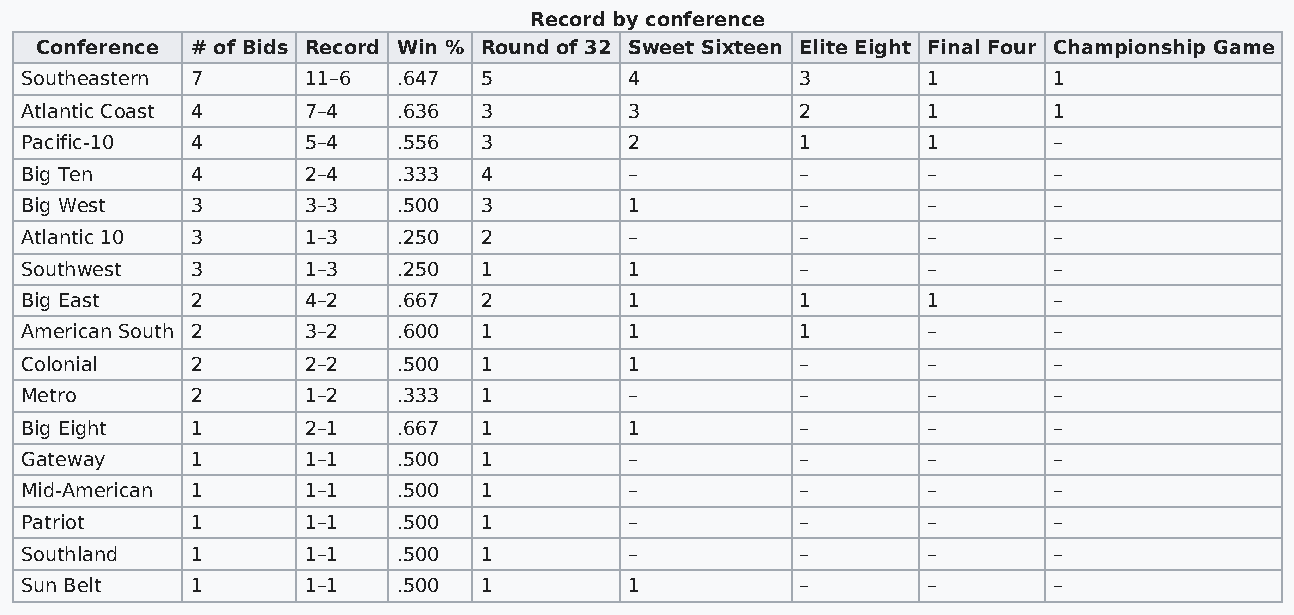
Record by conference
 Conference # of Bids Record Win % Round of 32 Sweet Sixteen Elite Eight Final Four Championship Game
 Southeastern 7     11–6  .647  5         4          3       1        1
 Atlantic Coast 4   7–4   .636  3         3          2       1        1
 Pacific-10  4      5–4   .556  3         2          1       1        –
 Big Ten     4      2–4   .333  4         –          –       –        –
 Big West    3      3–3   .500  3         1          –       –        –
 Atlantic 10 3      1–3   .250  2         –          –       –        –
 Southwest   3      1–3   .250  1         1          –       –        –
 Big East    2      4–2   .667  2         1          1       1        –
 American South 2   3–2   .600  1         1          1       –        –
 Colonial    2      2–2   .500  1         1          –       –        –
 Metro       2      1–2   .333  1         –          –       –        –
 Big Eight   1      2–1   .667  1         1          –       –        –
 Gateway     1      1–1   .500  1         –          –       –        –
 Mid-American 1     1–1   .500  1         –          –       –        –
 Patriot     1      1–1   .500  1         –          –       –        –
 Southland   1      1–1   .500  1         –          –       –        –
 Sun Belt    1      1–1   .500  1         1          –       –        –